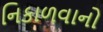
નિકાળવાનો